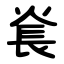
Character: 㷃